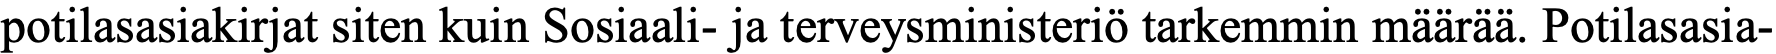
potilasasiakirjat siten kuin Sosiaali- ja terveysministeriö tarkemmin määrää. Potilasasia-